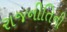
રાજનીતિની